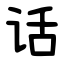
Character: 话